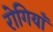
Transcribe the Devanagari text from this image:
रोगियाँ